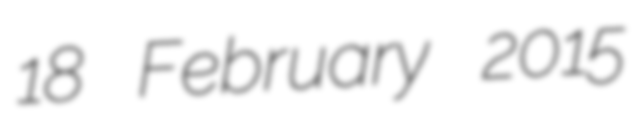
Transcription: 18 February 2015